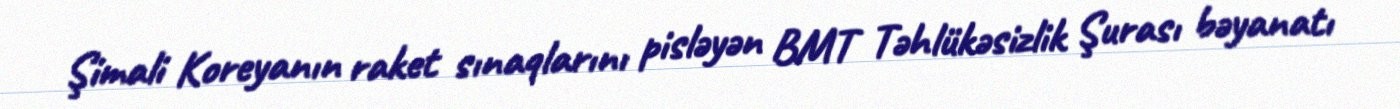
Şimali Koreyanın raket sınaqlarını pisləyən BMT Təhlükəsizlik Şurası bəyanatı